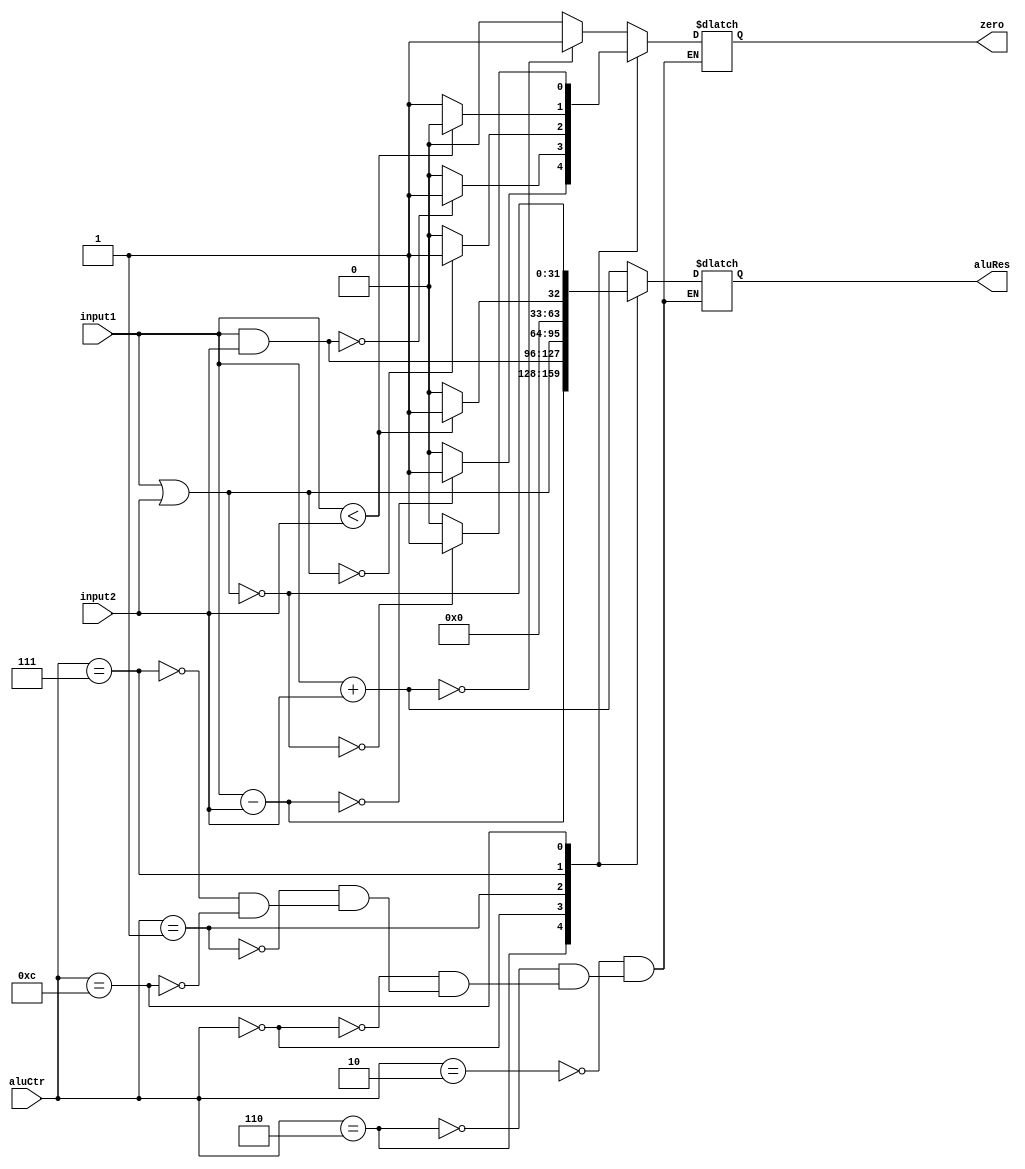
`timescale 1ns / 1ps
//////////////////////////////////////////////////////////////////////////////////
// Company: 
// Engineer: 
// 
// Design Name: 
// Module Name: ALU
// Project Name: 
// Target Devices: 
// Tool Versions: 
// Description: 
// 
// Dependencies: 
// 
// Revision:
// Revision 0.01 - File Created
// Additional Comments:
// 
//////////////////////////////////////////////////////////////////////////////////


module ALU(
    input [31:0] input1,
    input [31:0] input2,
    input [3:0] aluCtr,
    output reg zero,
    output reg [31:0] aluRes
 );

    always @ (input1 or input2 or aluCtr)
    begin
        case(aluCtr)
        4'b0010://add
        begin
            aluRes = input1 + input2;
            if(aluRes == 0)
                zero = 1;
            else 
                zero = 0;
         end
         
         4'b0110://sub
         begin
            aluRes = input1 - input2;
            if(aluRes == 0)
                zero = 1;
            else
                zero = 0;
          end
          
          4'b0000://and
          begin
            aluRes = input1 & input2;
            if(aluRes == 0)
                zero = 1;
            else
                zero = 0;
           end
                
          4'b0001://or
          begin
            aluRes = input1|input2;
            if(aluRes == 0)
                zero = 1;
             else
                zero = 0;
           end
           
           4'b0111://stl
           begin
             if(input1 < input2)
                begin
                    aluRes = 1;
                    zero = 0;
                 end
             else
                begin
                    aluRes = 0;
                    zero = 1;
                 end
            end
            
            4'b1100://nor
            begin
                aluRes = ~(input1|input2);
                if(aluRes == 0)
                    zero = 1;
                else
                    zero = 0;
            end
        endcase
    end   
endmodule